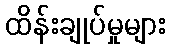
ထိန်းချုပ်မှုများ